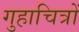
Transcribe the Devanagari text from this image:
गुहाचित्रों